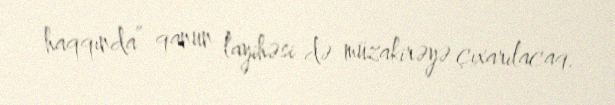
haqqında” qanun layihəsi də müzakirəyə çıxarılacaq.